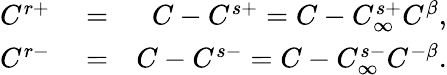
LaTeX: \begin{array}{rlr}{C^{r+}}&{{}=}&{C-C^{s+}=C-C_{\infty}^{s+}C^{\beta},}\\ {C^{r-}}&{{}=}&{C-C^{s-}=C-C_{\infty}^{s-}C^{-\beta}.}\end{array}